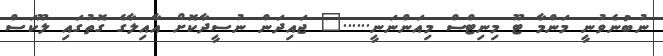
ނުބުނެވުނީ މަންމާ ޓޫ މިނިޓްސް މިއަންނަނީ......" ޖައިދަން ނުސީދާކޮށް އާއިލާގެ ގޮތުގައި ލޫކަސް